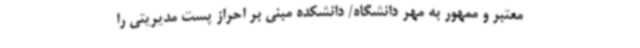
معتبر و ممهور به مهر دانشگاه/ دانشکده مبنی بر احراز پست مدیریتی را